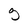
Character: g